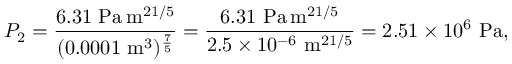
P _ { 2 } = { \frac { 6 . 3 1 ~ { \mathrm { P a } } \, { \mathrm { m } } ^ { 2 1 / 5 } } { ( 0 . 0 0 0 1 ~ { \mathrm { m } } ^ { 3 } ) ^ { \frac { 7 } { 5 } } } } = { \frac { 6 . 3 1 ~ { \mathrm { P a } } \, { \mathrm { m } } ^ { 2 1 / 5 } } { 2 . 5 \times 1 0 ^ { - 6 } ~ { \mathrm { m } } ^ { 2 1 / 5 } } } = 2 . 5 1 \times 1 0 ^ { 6 } ~ { \mathrm { P a } } ,